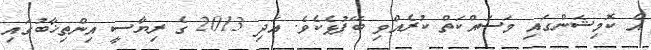
އެ ކޮމިޝަންގައި މަސައްކަތް ކުރެއްވި ބޭފުޅެކެވެ. އަދި 2013 ގެ ރިޔާސީ އިންތިޚާބުގައި